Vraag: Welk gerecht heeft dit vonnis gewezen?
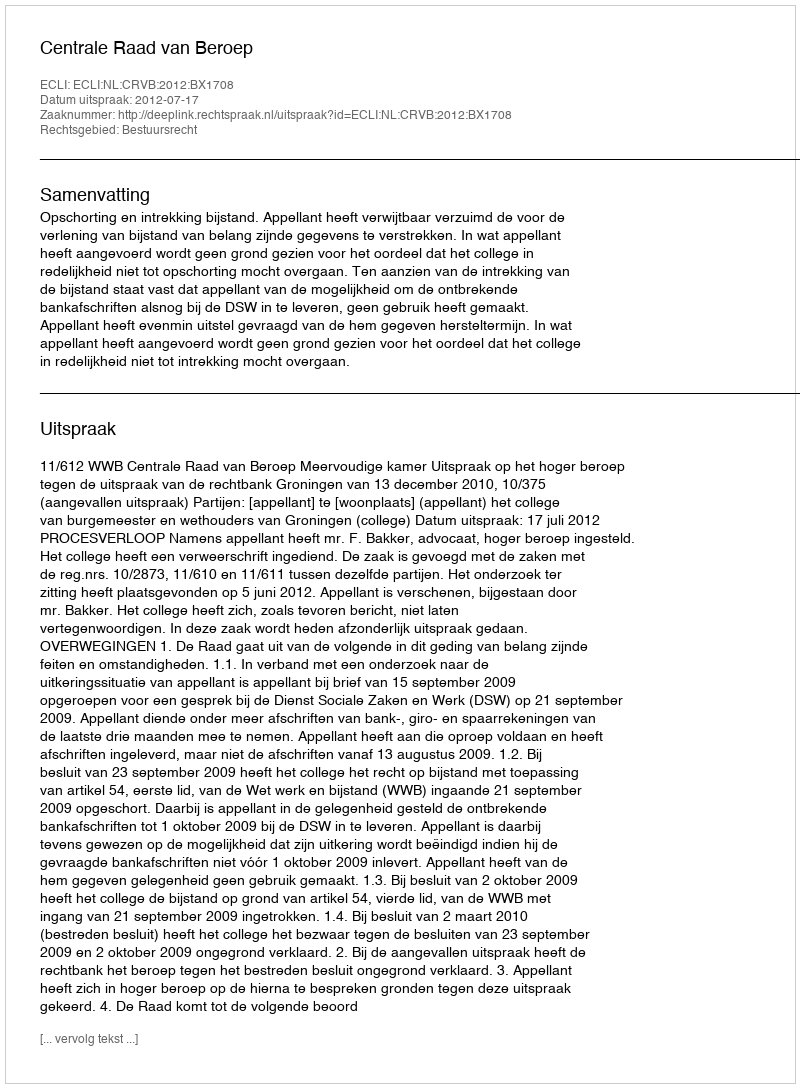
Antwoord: Centrale Raad van Beroep